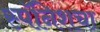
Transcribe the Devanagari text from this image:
स्पॅनिशचा